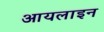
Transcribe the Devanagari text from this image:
आयलाइन